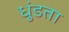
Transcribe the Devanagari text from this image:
धुंडता